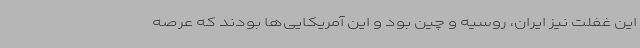
این غفلت نیز ایران، روسیه و چین بود و این آمریکایی‌ها بودند که عرصه